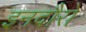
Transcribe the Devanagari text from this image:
इनदौरों